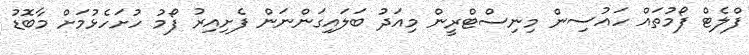
ފްލެޓް ފޯމުތައް ހައުސިން މިނިސްޓްރީން މިއަދު ބަލައިގަންނަން ފެށިއިރު ފޯމު ހުށަހެޅުމަށް މާބޮޑު